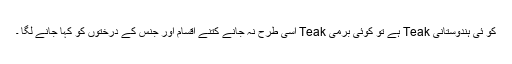
کو ئی ہندوستانی Teak ہے تو کوئی برمی Teak اسی طرح نہ جانے کتنے اقسام اور جنس کے درختوں کو کہا جانے لگا ۔